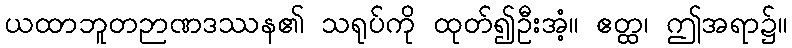
ယထာဘူတဉာဏဒဿန၏ သရုပ်ကို ထုတ်၍ဦးအံ့။ ဧတ္ထ၊ ဤအရာ၌။